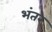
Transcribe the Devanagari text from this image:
भंतर